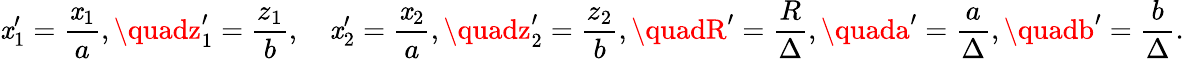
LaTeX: \mathit{x}_{1}^{\prime}=\frac{{\mathit{x}_{1}}}{{a}},\quadz_{1}^{\prime}=\frac{{z_{1}}}{{b}},\quad\mathit{x}_{2}^{\prime}=\frac{{\mathit{x}_{2}}}{{a}},\quadz_{2}^{\prime}=\frac{{z_{2}}}{{b}},\quadR^{\prime}=\frac{{R}}{{\Delta}},\quada^{\prime}=\frac{{a}}{{\Delta}},\quadb^{\prime}=\frac{{b}}{{\Delta}}.